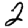
Digit: 2